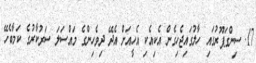
17. ސިންގަޕޫރުގައި ހާލުގައިޖެހިގެން އެކިއެކި އެހީއަށް އެދޭ ދިވެހިންގެ މައްސަލަ ސަރުކާރުގެ ކަމާބެހޭ